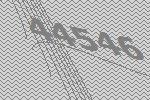
44546